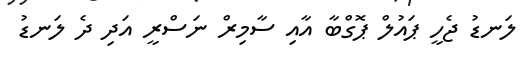
ލަނޑު ޖެހީ ޕައުލް ޕޮގްބާ އާއި ސާމިރް ނަސްރީ އަދި ދެ ލަނޑު